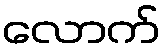
လောက်